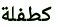
كطفلة